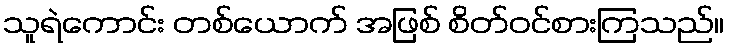
သူရဲကောင်း တစ်ယောက် အဖြစ် စိတ်ဝင်စားကြသည်။